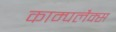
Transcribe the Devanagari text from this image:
काम्पलैक्स